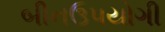
બીનઉપયોગી